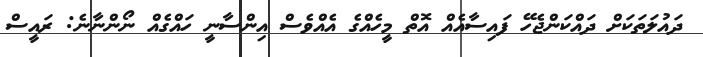
ދައުލަތަކަށް ދައްކަންޖެހޭ ފައިސާއެއް އޮތް މީހެއްގެ އެއްވެސް އިންސާނީ ހައްގެއް ނޯންނާނެ: ރައީސް